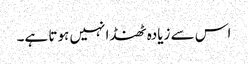
اس سے زیادہ ٹھنڈا نہیں ہوتا ہے۔